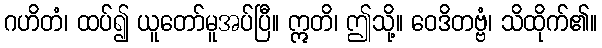
ဂဟိတံ၊ ထပ်၍ ယူတော်မူအပ်ပြီ။ ဣတိ၊ ဤသို့။ ဝေဒိတဗ္ဗံ၊ သိထိုက်၏။